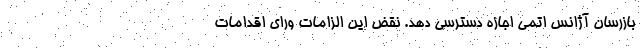
بازرسان آژانس اتمی اجازه دسترسی دهد. نقض این الزامات ورای اقدامات